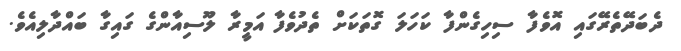
ދެބަދޭތެރޭގައި އޮވެފާ ސިހިގެންފާ ކަހަލަ ގޮތަކަށް ތެދުވެފާ އަމީރާ ލޫސިއާންގެ ގައިގާ ބައްދާލިއެވެ.